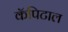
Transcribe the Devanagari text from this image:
कॅपिटाल